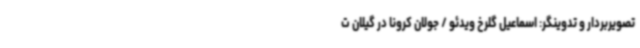
تصویربردار و تدوینگر: اسماعیل گلرخ ویدئو / جولان کرونا در گیلان ت